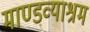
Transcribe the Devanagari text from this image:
माण्डव्याश्रम